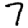
Digit: 7